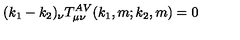
( k _ { 1 } - k _ { 2 } ) _ { \nu } T _ { \mu \nu } ^ { A V } ( k _ { 1 } , m ; k _ { 2 } , m ) = 0